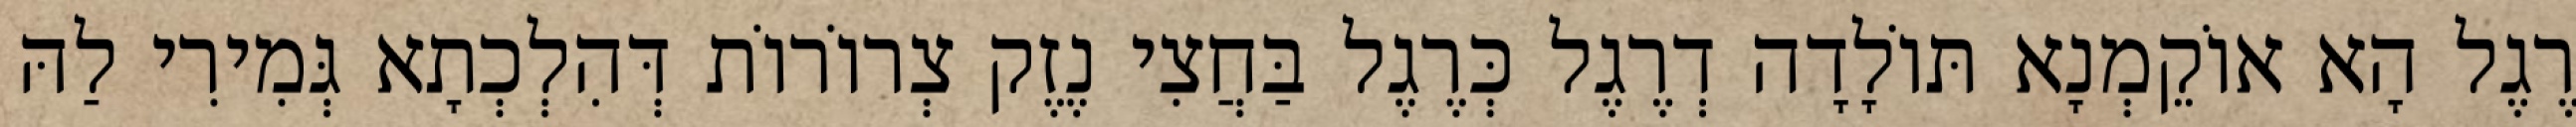
רֶגֶל הָא אוֹקֵמְנָא תּוֹלָדָה דְרֶגֶל כְּרֶגֶל בַּחֲצִי נֶזֶק צְרוֹרוֹת דְּהִלְכְתָא גְּמִירִי לַהּ